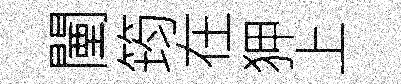
闉筠在狎上